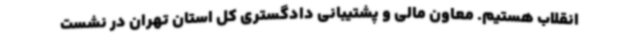
انقلاب هستیم. معاون مالی و پشتیبانی دادگستری کل استان تهران در نشست